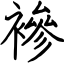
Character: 襂